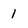
Character: 1